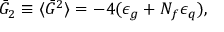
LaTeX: \bar { G } _ { 2 } \equiv \langle \bar { G } ^ { 2 } \rangle = - 4 ( \epsilon _ { g } + N _ { f } \epsilon _ { q } ) ,